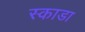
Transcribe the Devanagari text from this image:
स्काडा